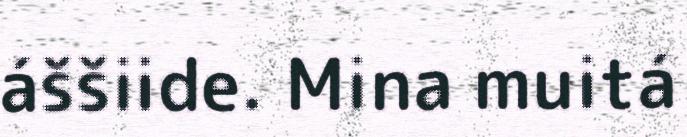
áššiide. Mina muitá